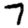
Digit: 7